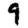
Digit: 9